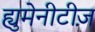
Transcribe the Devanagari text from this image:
ह्युमेनीटीज़